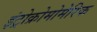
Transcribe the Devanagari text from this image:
इंट्रोक्रोमोमेरिक